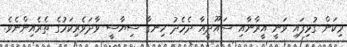
މިކަން ގުޅިފައި ވަނީ އީރާނާއި ސައޫދީއާ ދެމެދު ހިނގާ ސިޔާސީ ވާދަވެރިކަމުގެ ތެރެއިންނެވެ.